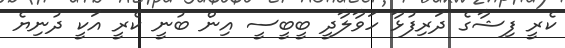
ކެރީ ފިޝާގެ ދަރިފުޅާ ހަވާލާދީ ބީބީސީ އިން ބުނީ ކެރީ އަކީ ދުނިޔެ